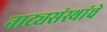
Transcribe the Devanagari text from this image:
नाट्यसंस्थांचे